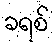
ခရစ်